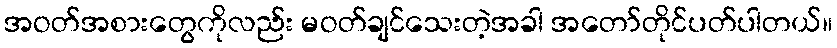
အဝတ်အစားတွေကိုလည်း မဝတ်ချင်သေးတဲ့အခါ အတော်တိုင်ပတ်ပါတယ်။